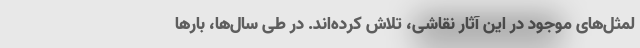
لمثل‌های موجود در این آثار نقاشی، تلاش کرده‌اند. در طی سال‌ها، بارها